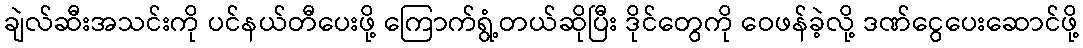
ချဲလ်ဆီးအသင်းကို ပင်နယ်တီပေးဖို့ ကြောက်ရွံ့တယ်ဆိုပြီး ဒိုင်တွေကို ဝေဖန်ခဲ့လို့ ဒဏ်ငွေပေးဆောင်ဖို့